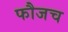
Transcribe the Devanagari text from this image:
फौजच